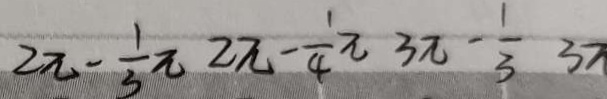
2 \pi - \frac { 1 } { 3 } \pi 2 \pi - \frac { 1 } { 4 } \pi 3 \pi - \frac { 1 } { 3 } 3 \pi